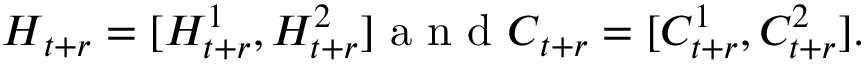
\begin{array} { r } { \boldsymbol H _ { t + r } = [ H _ { t + r } ^ { 1 } , H _ { t + r } ^ { 2 } ] \mathrm { ~ a ~ n ~ d ~ } \boldsymbol C _ { t + r } = [ C _ { t + r } ^ { 1 } , C _ { t + r } ^ { 2 } ] . } \end{array}